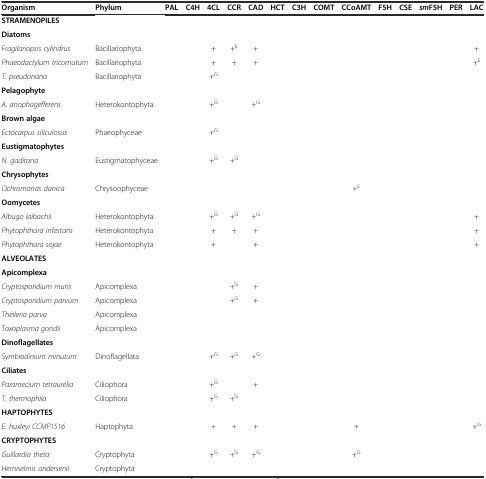
<table><thead><tr><td><b>Organism</b></td><td><b>Phylum</b></td><td><b>PAL</b></td><td><b>C4H</b></td><td><b>4CL</b></td><td><b>CCR</b></td><td><b>CAD</b></td><td><b>HCT</b></td><td><b>C3H</b></td><td><b>COMT</b></td><td><b>CCoAMT</b></td><td><b>F5H</b></td><td><b>CSE</b></td><td><b><i>sm</i>F5H</b></td><td><b>PER</b></td><td><b>LAC</b></td></tr></thead><tbody><tr><td><b>STRAMENOPILES</b></td><td></td><td></td><td></td><td></td><td></td><td></td><td></td><td></td><td></td><td></td><td></td><td></td><td></td><td></td><td></td></tr><tr><td><b>Diatoms</b></td><td></td><td></td><td></td><td></td><td></td><td></td><td></td><td></td><td></td><td></td><td></td><td></td><td></td><td></td><td></td></tr><tr><td><i>Fragilariopsis cylindrus</i></td><td>Bacillariophyta</td><td></td><td></td><td>+</td><td>+<sup>E</sup></td><td>+</td><td></td><td></td><td></td><td></td><td></td><td></td><td></td><td></td><td>+</td></tr><tr><td><i>Phaeodactylum tricornutum</i></td><td>Bacillariophyta</td><td></td><td></td><td>+</td><td>+</td><td>+</td><td></td><td></td><td></td><td></td><td></td><td></td><td></td><td></td><td>+<sup>E</sup></td></tr><tr><td><i>T. pseudonana</i></td><td>Bacillariophyta</td><td></td><td></td><td>+<sup>G</sup></td><td></td><td></td><td></td><td></td><td></td><td></td><td></td><td></td><td></td><td></td><td></td></tr><tr><td><b>Pelagophyte</b></td><td></td><td></td><td></td><td></td><td></td><td></td><td></td><td></td><td></td><td></td><td></td><td></td><td></td><td></td><td></td></tr><tr><td><i>A. anophagefferens</i></td><td>Heterokontophyta</td><td></td><td></td><td>+<sup>G</sup></td><td></td><td>+<sup>G</sup></td><td></td><td></td><td></td><td></td><td></td><td></td><td></td><td></td><td></td></tr><tr><td><b>Brown algae</b></td><td></td><td></td><td></td><td></td><td></td><td></td><td></td><td></td><td></td><td></td><td></td><td></td><td></td><td></td><td></td></tr><tr><td><i>Ectocarpus siliculosus</i></td><td>Phaeophyceae</td><td></td><td></td><td>+<sup>G</sup></td><td></td><td></td><td></td><td></td><td></td><td></td><td></td><td></td><td></td><td></td><td></td></tr><tr><td><b>Eustigmatophytes</b></td><td></td><td></td><td></td><td></td><td></td><td></td><td></td><td></td><td></td><td></td><td></td><td></td><td></td><td></td><td></td></tr><tr><td><i>N. gaditana</i></td><td>Eustigmatophyceae</td><td></td><td></td><td>+<sup>G</sup></td><td>+<sup>G</sup></td><td></td><td></td><td></td><td></td><td></td><td></td><td></td><td></td><td></td><td></td></tr><tr><td><b>Chrysophytes</b></td><td></td><td></td><td></td><td></td><td></td><td></td><td></td><td></td><td></td><td></td><td></td><td></td><td></td><td></td><td></td></tr><tr><td><i>Ochromonas danica</i></td><td>Chrysoophyceae</td><td></td><td></td><td></td><td></td><td></td><td></td><td></td><td></td><td>+<sup>E</sup></td><td></td><td></td><td></td><td></td><td></td></tr><tr><td><b>Oomycetes</b></td><td></td><td></td><td></td><td></td><td></td><td></td><td></td><td></td><td></td><td></td><td></td><td></td><td></td><td></td><td></td></tr><tr><td><i>Albugo laibachii</i></td><td>Heterokontophyta</td><td></td><td></td><td>+<sup>G</sup></td><td>+<sup>G</sup></td><td>+<sup>G</sup></td><td></td><td></td><td></td><td></td><td></td><td></td><td></td><td></td><td>+</td></tr><tr><td><i>Phytophthora infestans</i></td><td>Heterokontophyta</td><td></td><td></td><td>+</td><td>+</td><td>+</td><td></td><td></td><td></td><td></td><td></td><td></td><td></td><td></td><td>+</td></tr><tr><td><i>Phytophthora sojae</i></td><td>Heterokontophyta</td><td></td><td></td><td>+</td><td></td><td>+</td><td></td><td></td><td></td><td></td><td></td><td></td><td></td><td></td><td>+</td></tr><tr><td><b>ALVEOLATES</b></td><td></td><td></td><td></td><td></td><td></td><td></td><td></td><td></td><td></td><td></td><td></td><td></td><td></td><td></td><td></td></tr><tr><td><b>Apicomplexa</b></td><td></td><td></td><td></td><td></td><td></td><td></td><td></td><td></td><td></td><td></td><td></td><td></td><td></td><td></td><td></td></tr><tr><td><i>Cryptosporidium muris</i></td><td>Apicomplexa</td><td></td><td></td><td></td><td>+<sup>G</sup></td><td>+</td><td></td><td></td><td></td><td></td><td></td><td></td><td></td><td></td><td></td></tr><tr><td><i>Cryptosporidium parvum</i></td><td>Apicomplexa</td><td></td><td></td><td></td><td>+<sup>G</sup></td><td>+</td><td></td><td></td><td></td><td></td><td></td><td></td><td></td><td></td><td></td></tr><tr><td><i>Theileria parva</i></td><td>Apicomplexa</td><td></td><td></td><td></td><td></td><td></td><td></td><td></td><td></td><td></td><td></td><td></td><td></td><td></td><td></td></tr><tr><td><i>Toxoplasma gondii</i></td><td>Apicomplexa</td><td></td><td></td><td></td><td></td><td></td><td></td><td></td><td></td><td></td><td></td><td></td><td></td><td></td><td></td></tr><tr><td><b>Dinoflagellates</b></td><td></td><td></td><td></td><td></td><td></td><td></td><td></td><td></td><td></td><td></td><td></td><td></td><td></td><td></td><td></td></tr><tr><td><i>Symbiodinium minutum</i></td><td>Dinoflagellata</td><td></td><td></td><td>+<sup>G</sup></td><td>+<sup>G</sup></td><td>+<sup>G</sup></td><td></td><td></td><td></td><td></td><td></td><td></td><td></td><td></td><td></td></tr><tr><td><b>Ciliates</b></td><td></td><td></td><td></td><td></td><td></td><td></td><td></td><td></td><td></td><td></td><td></td><td></td><td></td><td></td><td></td></tr><tr><td><i>Paramecium tetraurelia</i></td><td>Ciliophora</td><td></td><td></td><td>+<sup>G</sup></td><td></td><td>+</td><td></td><td></td><td></td><td></td><td></td><td></td><td></td><td></td><td></td></tr><tr><td><i>T. thermophila</i></td><td>Ciliophora</td><td></td><td></td><td>+<sup>G</sup></td><td>+<sup>G</sup></td><td></td><td></td><td></td><td></td><td></td><td></td><td></td><td></td><td></td><td></td></tr><tr><td><b>HAPTOPHYTES</b></td><td></td><td></td><td></td><td></td><td></td><td></td><td></td><td></td><td></td><td></td><td></td><td></td><td></td><td></td><td></td></tr><tr><td><i>E. huxleyi CCMP1516</i></td><td>Haptophyta</td><td></td><td></td><td>+</td><td>+</td><td>+</td><td></td><td></td><td></td><td>+</td><td></td><td></td><td></td><td></td><td>+<sup>G</sup></td></tr><tr><td><b>CRYPTOPHYTES</b></td><td></td><td></td><td></td><td></td><td></td><td></td><td></td><td></td><td></td><td></td><td></td><td></td><td></td><td></td><td></td></tr><tr><td><i>Guillardia theta</i></td><td>Cryptophyta</td><td></td><td></td><td>+<sup>G</sup></td><td>+<sup>G</sup></td><td>+<sup>G</sup></td><td></td><td></td><td></td><td>+<sup>G</sup></td><td></td><td></td><td></td><td></td><td></td></tr><tr><td><i>Hemiselmis andersenii</i></td><td>Cryptophyta</td><td></td><td></td><td></td><td></td><td></td><td></td><td></td><td></td><td></td><td></td><td></td><td></td><td></td><td></td></tr></tbody></table>